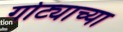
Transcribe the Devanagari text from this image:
गोट्याच्या